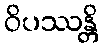
ဝိပဿန္တိ